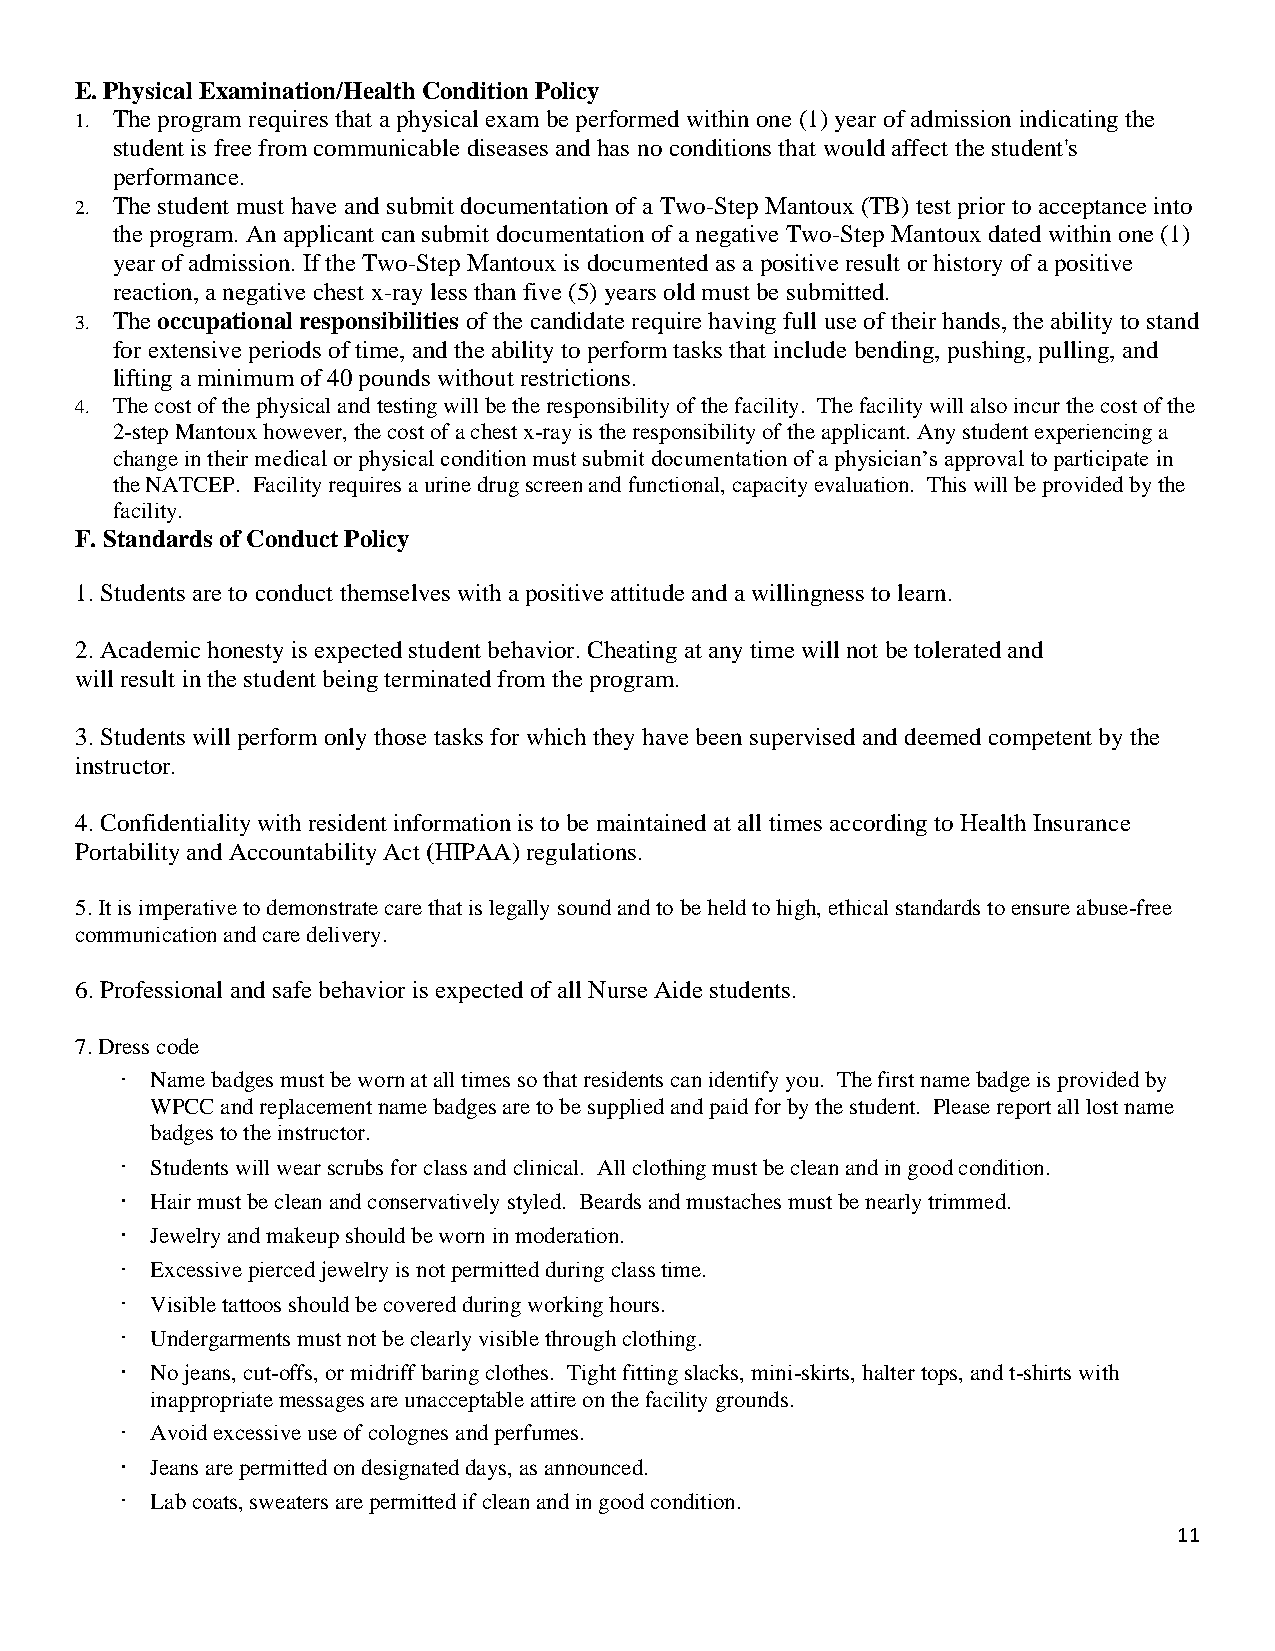
E. Physical Examination/Health Condition Policy
 1. The program requires that a physical exam be performed within one (1) year of admission indicating the
 student is free from communicable diseases and has no conditions that would affect the student's
 performance.
 2. The student must have and submit documentation of a Two-Step Mantoux (TB) test prior to acceptance into
 the program. An applicant can submit documentation of a negative Two-Step Mantoux dated within one (1)
 year of admission. If the Two-Step Mantoux is documented as a positive result or history of a positive
 reaction, a negative chest x-ray less than five (5) years old must be submitted.
 3. The occupational responsibilities of the candidate require having full use of their hands, the ability to stand
 for extensive periods of time, and the ability to perform tasks that include bending, pushing, pulling, and
 lifting a minimum of 40 pounds without restrictions.
 4. The cost of the physical and testing will be the responsibility of the facility. The facility will also incur the cost of the
 2-step Mantoux however, the cost of a chest x-ray is the responsibility of the applicant. Any student experiencing a
 change in their medical or physical condition must submit documentation of a physician’s approval to participate in
 the NATCEP. Facility requires a urine drug screen and functional, capacity evaluation. This will be provided by the
 facility.
 F. Standards of Conduct Policy
 1. Students are to conduct themselves with a positive attitude and a willingness to learn.
 2. Academic honesty is expected student behavior. Cheating at any time will not be tolerated and
 will result in the student being terminated from the program.
 3. Students will perform only those tasks for which they have been supervised and deemed competent by the
 instructor.
 4. Confidentiality with resident information is to be maintained at all times according to Health Insurance
 Portability and Accountability Act (HIPAA) regulations.
 5. It is imperative to demonstrate care that is legally sound and to be held to high, ethical standards to ensure abuse-free
 communication and care delivery.
 6. Professional and safe behavior is expected of all Nurse Aide students.
 7. Dress code
 Name badges must be worn at all times so that residents can identify you. The first name badge is provided by
 WPCC and replacement name badges are to be supplied and paid for by the student. Please report all lost name
 badges to the instructor.
 Students will wear scrubs for class and clinical. All clothing must be clean and in good condition.
 Hair must be clean and conservatively styled. Beards and mustaches must be nearly trimmed.
 Jewelry and makeup should be worn in moderation.
 Excessive pierced jewelry is not permitted during class time.
 Visible tattoos should be covered during working hours.
 Undergarments must not be clearly visible through clothing.
 No jeans, cut-offs, or midriff baring clothes. Tight fitting slacks, mini-skirts, halter tops, and t-shirts with
 inappropriate messages are unacceptable attire on the facility grounds.
 Avoid excessive use of colognes and perfumes.
 Jeans are permitted on designated days, as announced.
 Lab coats, sweaters are permitted if clean and in good condition.
 11